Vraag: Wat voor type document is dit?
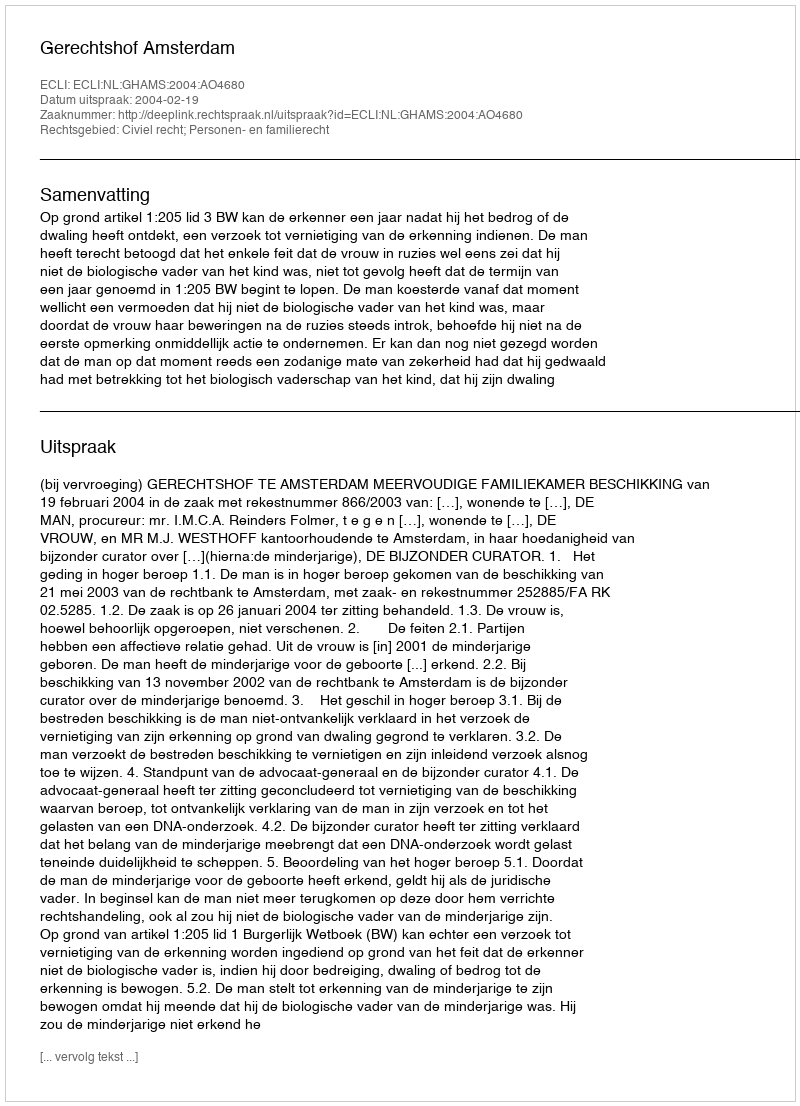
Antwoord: Uitspraak